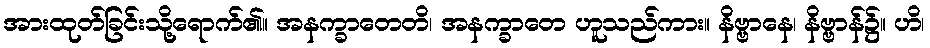
အားထုတ်ခြင်းသို့ရောက်၏။ အနက္ခာတေတိ၊ အနက္ခာတေ ဟူသည်ကား။ နိဗ္ဗာနေ၊ နိဗ္ဗာန်၌။ ဟိ၊